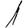
Digit: 1